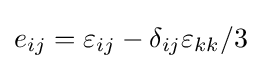
{e_{ij}}={\varepsilon _{ij}}-{\delta _{ij}}{\varepsilon _{kk}}/3